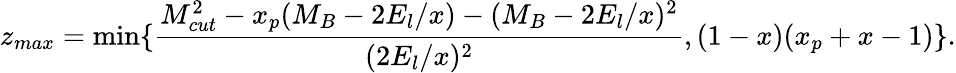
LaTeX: z_{max}=\operatorname*{min}\{ \frac{M_{cut}^{2}-x_{p}(M_{B}-2E_{l}/x)-(M_{B}-2E_{l}/x)^{2}}{(2E_{l}/x)^{2}},(1-x)(x_{p}+x-1)\} .